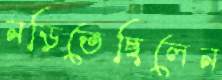
নড়িতেছিলেন